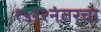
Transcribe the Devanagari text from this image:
१५२२नंतरचा